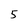
Character: 5